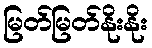
မြတ်မြတ်နိုးနိုး